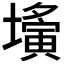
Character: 𡒕